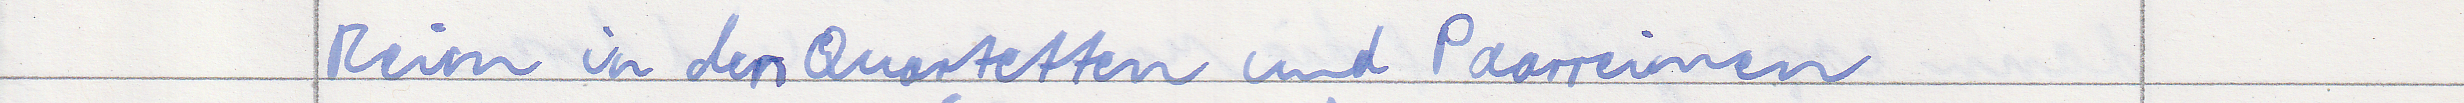
Reim in den Quartetten und Paarreimen